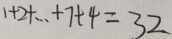
1 + 2 + \cdots + 7 + 4 = 3 2